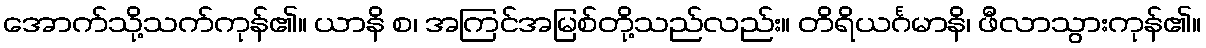
အောက်သို့သက်ကုန်၏။ ယာနိ စ၊ အကြင်အမြစ်တို့သည်လည်း။ တိရိယင်္ဂမာနိ၊ ဖီလာသွားကုန်၏။